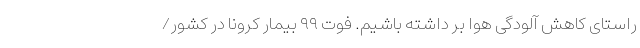
راستای کاهش آلودگی هوا بر داشته باشیم. فوت ۹۹ بیمار کرونا در کشور/